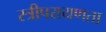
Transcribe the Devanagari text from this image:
स्त्रीपरायणता